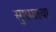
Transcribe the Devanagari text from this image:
सुगमतया